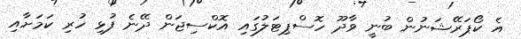
އެ ކޯޕަރޭޝަނުން ބުނީ ވާދޫ ހޮސްޕިޓަލުގައި އޮކްސިޖަން ދޭނެ ފުޅި ހުރި ކަމަށާއި